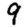
Digit: 9